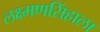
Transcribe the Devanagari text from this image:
लक्ष्मणसिंहाला